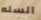
السله